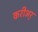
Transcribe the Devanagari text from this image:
करीअर्